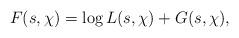
LaTeX: \begin{align*}F(s, \chi)=\log L(s, \chi)+G(s, \chi),\end{align*}